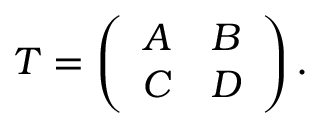
T = \left( \begin{array} { c c } { { A } } & { { B } } \\ { { C } } & { { D } } \end{array} \right) .